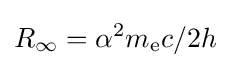
R_{\infty }=\alpha ^{2}m_{\text{e}}c/2h